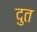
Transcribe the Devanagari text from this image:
दुत